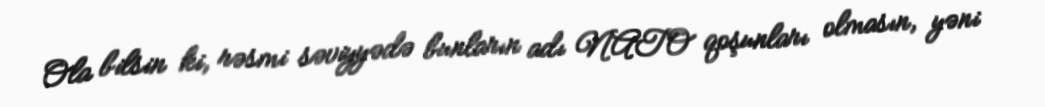
Ola bilsin ki, rəsmi səviyyədə bunların adı NATO qoşunları olmasın, yəni